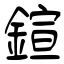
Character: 鍹